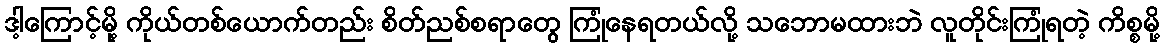
ဒါ့ကြောင့်မို့ ကိုယ်တစ်ယောက်တည်း စိတ်ညစ်စရာတွေ ကြုံနေရတယ်လို့ သဘောမထားဘဲ လူတိုင်းကြုံရတဲ့ ကိစ္စမို့